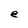
Character: e